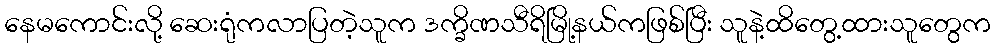
နေမကောင်းလို့ ဆေးရုံကလာပြတဲ့သူက ဒက္ခိဏသီရိမြို့နယ်ကဖြစ်ပြီး သူနဲ့ထိတွေ့ထားသူတွေက